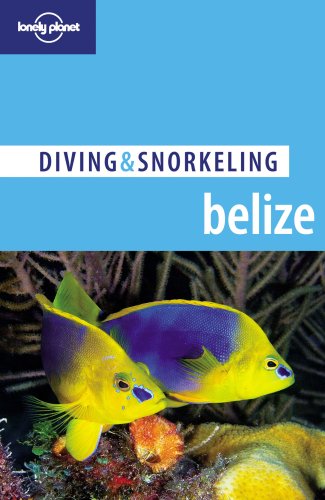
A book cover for Lonely Planet Diving & Snorkeling Belize; Tim Rock; Sports & Outdoors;